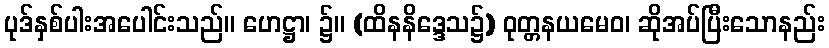
ပုဒ်နှစ်ပါးအပေါင်းသည်။ ဟေဋ္ဌာ၊ ၌။ (ထိနနိဒ္ဒေသ၌) ဝုတ္တနယမေဝ၊ ဆိုအပ်ပြီးသောနည်း